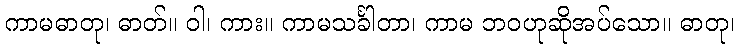
ကာမဓာတု၊ ဓာတ်။ ဝါ၊ ကား။ ကာမသင်္ခါတာ၊ ကာမ ဘဝဟုဆိုအပ်သော။ ဓာတု၊